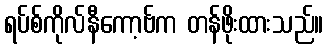
ရပ်စ်ကိုလ်နီကော့ဗ်က တန်ဖိုးထားသည်။